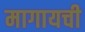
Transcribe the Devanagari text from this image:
मागायची